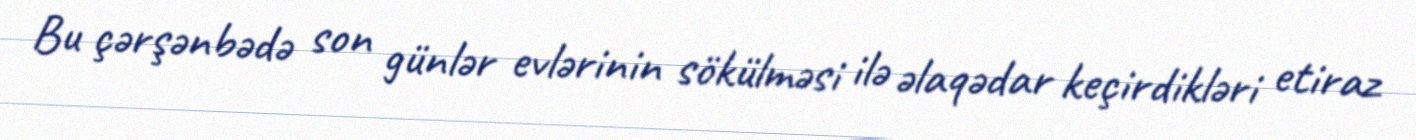
Bu çərşənbədə son günlər evlərinin sökülməsi ilə əlaqədar keçirdikləri etiraz